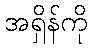
အရှိန်ကို